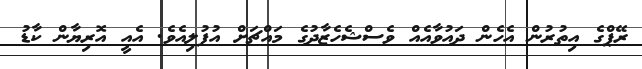
ރޭޕްގެ އިތުރުން އެހެން ދައުވާއެއް ވެސްޝެހެޒާދުގެ މައްޗަށް އުފުލިއެވެ. އެއީ އޮރިޔާން ކާޑު